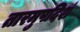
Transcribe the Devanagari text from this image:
तारमुपदिशं